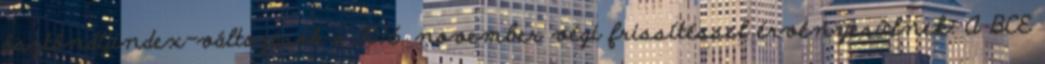
ösztöndíjindex-változások a 2016. november végi frissítéssel érvényesülnek. A BCE